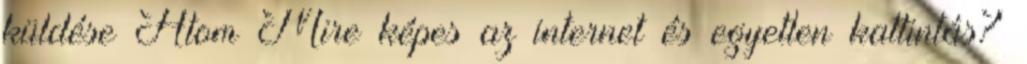
küldése Atom Mire képes az internet és egyetlen kattintás?